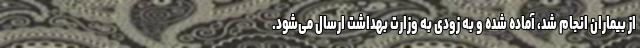
از بیماران انجام شد، آماده شده و به زودی به وزارت بهداشت ارسال می‌شود.